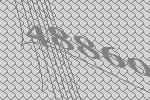
48860